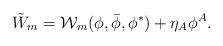
LaTeX: \begin{align*} \tilde{W}_m={\cal W}_m(\phi,\bar\phi,\phi^*)+\eta_A\phi^A.\end{align*}